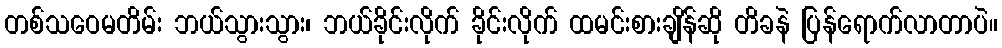
တစ်သဝေမတိမ်း ဘယ်သွားသွား၊ ဘယ်ခိုင်းလိုက် ခိုင်းလိုက် ထမင်းစားချိန်ဆို တိခနဲ ပြန်ရောက်လာတာပဲ။